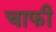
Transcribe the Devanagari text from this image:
चाफी